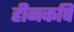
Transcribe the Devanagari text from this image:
हीनकपि